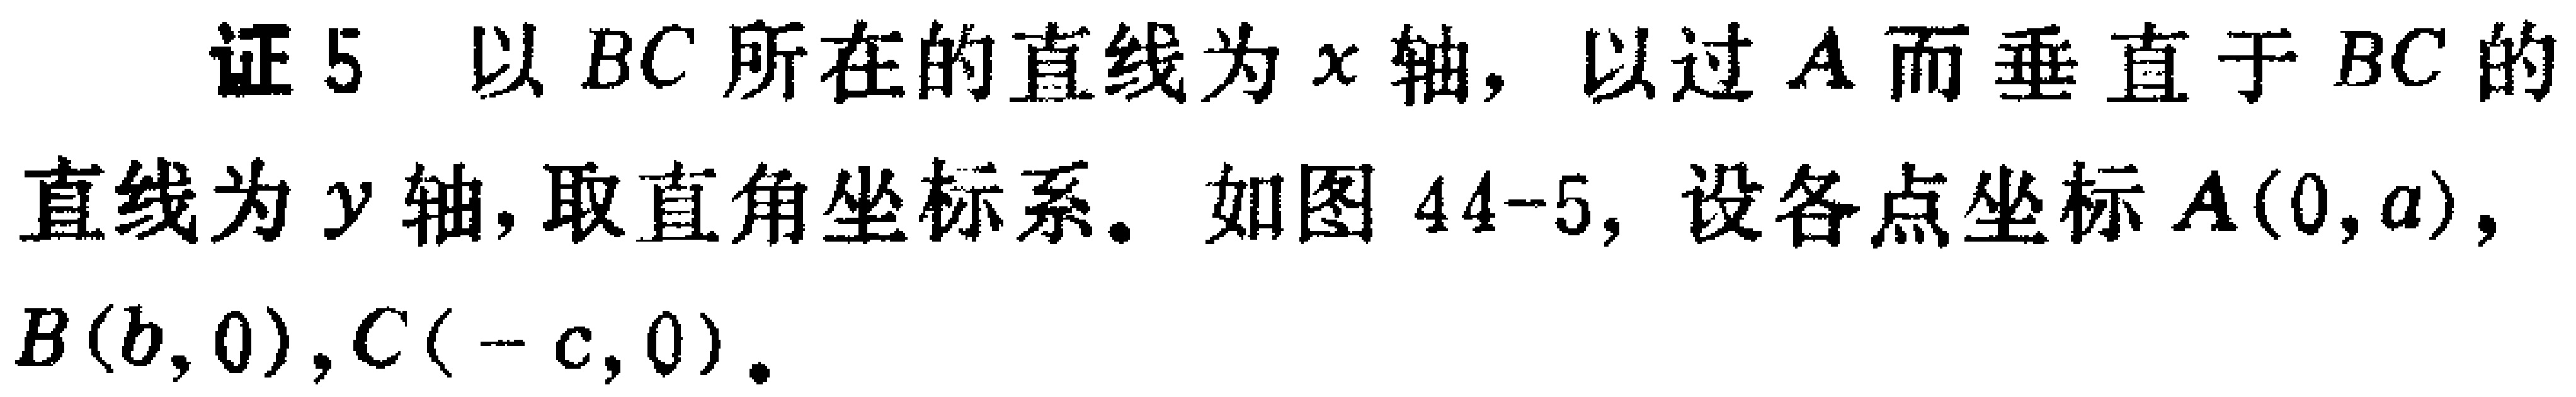
证5 以 \(BC\) 所在的直线为 \(x\) 轴，以过 \(A\) 而垂直于 \(BC\) 的直线为 \(y\) 轴，取直角坐标系。如图 \(44 - 5\)，设各点坐标 \(A(0,a)\)，\(B(b,0)\)，\(C(-c,0)\)。